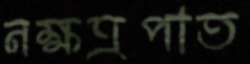
নক্ষত্রপাত